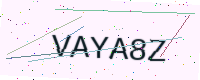
Text: VAYA8Z